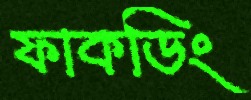
ফাকডিং